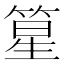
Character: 篂